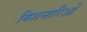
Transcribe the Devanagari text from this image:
मिशनारिओं